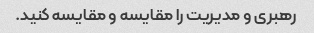
رهبری و مدیریت را مقایسه و مقایسه کنید.